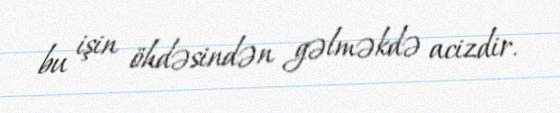
bu işin öhdəsindən gəlməkdə acizdir.